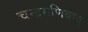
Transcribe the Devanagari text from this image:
चन्द्रमणिबाबु